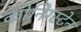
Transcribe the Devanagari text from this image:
कोनिग्स्टेन